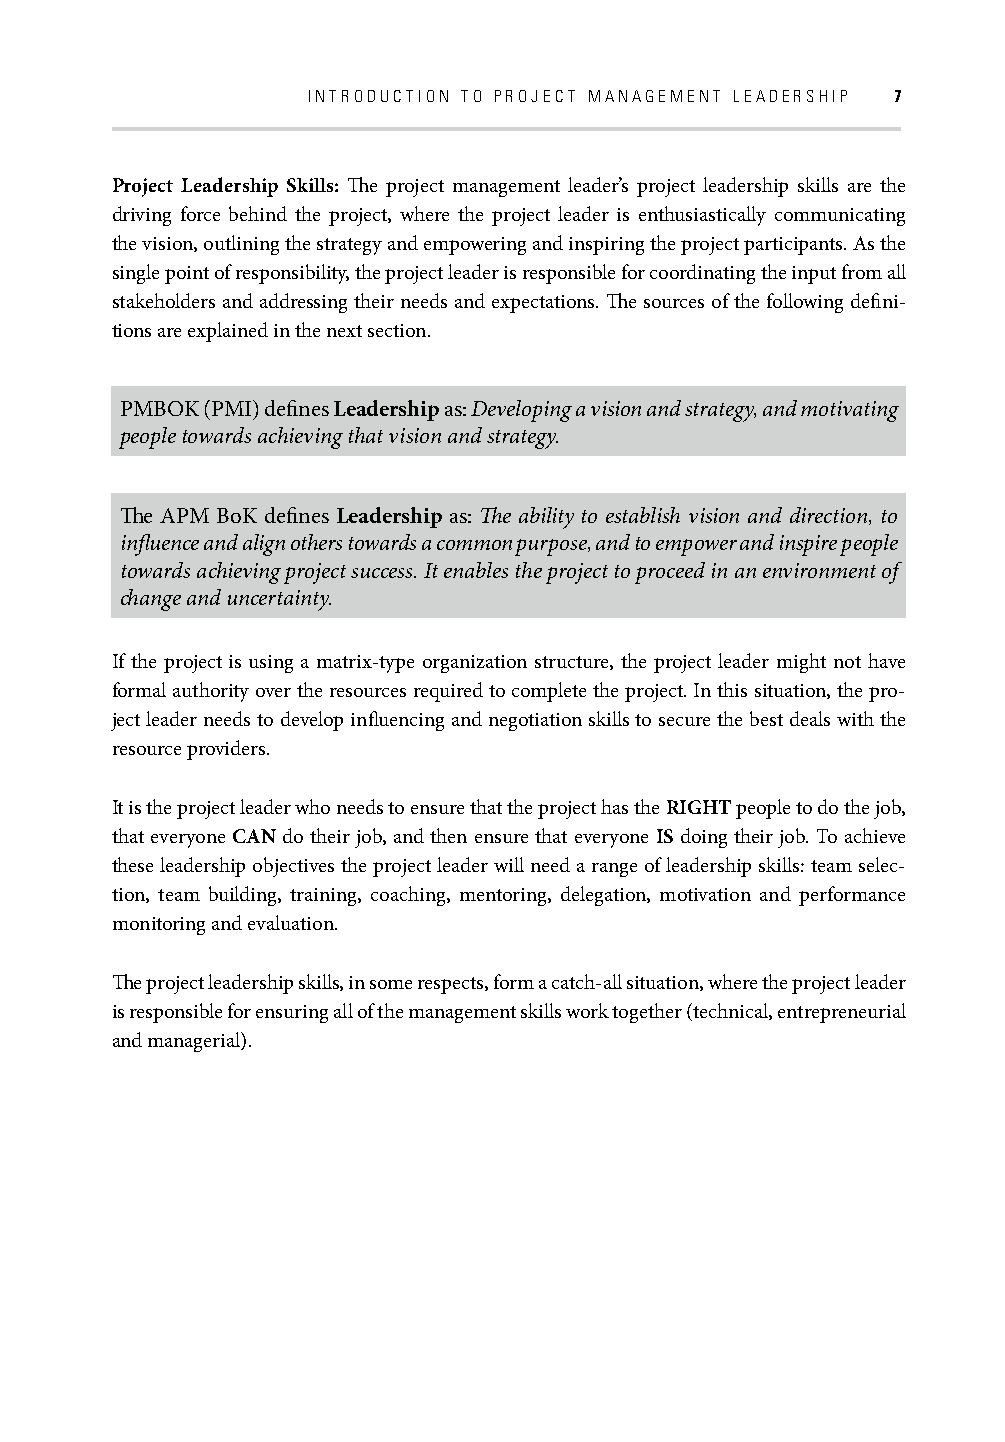
INTRODUCTION TO PROJECT MANAGEMENT LEADERSHIP 7
 Project Leadership Skills: Th e project management leader’s project leadership skills are the
 driving force behind the project, where the project leader is enthusiastically communicating
 the vision, outlining the strategy and empowering and inspiring the project participants. As the
 single point of responsibility, the project leader is responsible for coordinating the input from all
 stakeholders and addressing their needs and expectations. Th e sources of the following defi ni-
 tions are explained in the next section.
 PMBOK (PMI) defi nes Leadership as: Developing a vision and strategy, and motivating
 people towards achieving that vision and strategy.
 Th e APM BoK defi nes Leadership as: Th e ability to establish vision and direction, to
 infl uence and align others towards a common purpose, and to empower and inspire people
 towards achieving project success. It enables the project to proceed in an environment of
 change and uncertainty.
 If the project is using a matrix-type organization structure, the project leader might not have
 formal authority over the resources required to complete the project. In this situation, the pro-
 ject leader needs to develop infl uencing and negotiation skills to secure the best deals with the
 resource providers.
 It is the project leader who needs to ensure that the project has the RIGHT people to do the job,
 that everyone CAN do their job, and then ensure that everyone IS doing their job. To achieve
 these leadership objectives the project leader will need a range of leadership skills: team selec-
 tion, team building, training, coaching, mentoring, delegation, motivation and performance
 monitoring and evaluation.
 Th e project leadership skills, in some respects, form a catch-all situation, where the project leader
 is responsible for ensuring all of the management skills work together (technical, entrepreneurial
 and managerial).